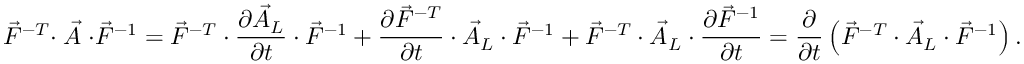
\vec { F } ^ { - T } \cdot \stackrel { \triangledown } { \vec { A } } \cdot \vec { F } ^ { - 1 } = \vec { F } ^ { - T } \cdot \frac { \partial \vec { A } _ { L } } { \partial t } \cdot \vec { F } ^ { - 1 } + \frac { \partial \vec { F } ^ { - T } } { \partial t } \cdot \vec { A } _ { L } \cdot \vec { F } ^ { - 1 } + \vec { F } ^ { - T } \cdot \vec { A } _ { L } \cdot \frac { \partial \vec { F } ^ { - 1 } } { \partial t } = \frac { \partial } { \partial t } \left( \vec { F } ^ { - T } \cdot \vec { A } _ { L } \cdot \vec { F } ^ { - 1 } \right) .